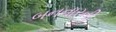
બનનારની